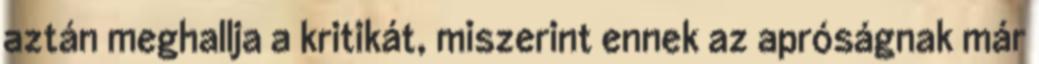
aztán meghallja a kritikát, miszerint ennek az apróságnak már